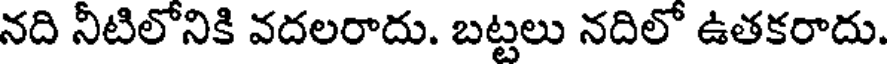
నది నీటిలోనికి వదలరాదు. బట్టలు నదిలో ఉతకరాదు.